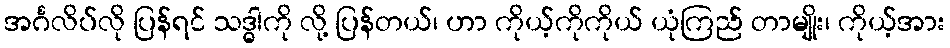
အင်္ဂလိပ်လို ပြန်ရင် သဒ္ဓါကို လို့ ပြန်တယ်၊ ဟာ ကိုယ့်ကိုကိုယ် ယုံကြည် တာမျိုး၊ ကိုယ့်အား